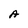
Character: A